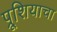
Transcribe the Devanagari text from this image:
प्रूशियाचा